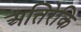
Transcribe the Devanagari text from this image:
अतिरेकि